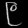
Digit: ၉